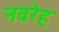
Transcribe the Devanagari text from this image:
नवरेह